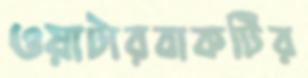
ওয়াটারবাকটির